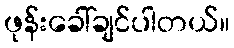
ဖုန်းခေါ်ချင်ပါတယ်။